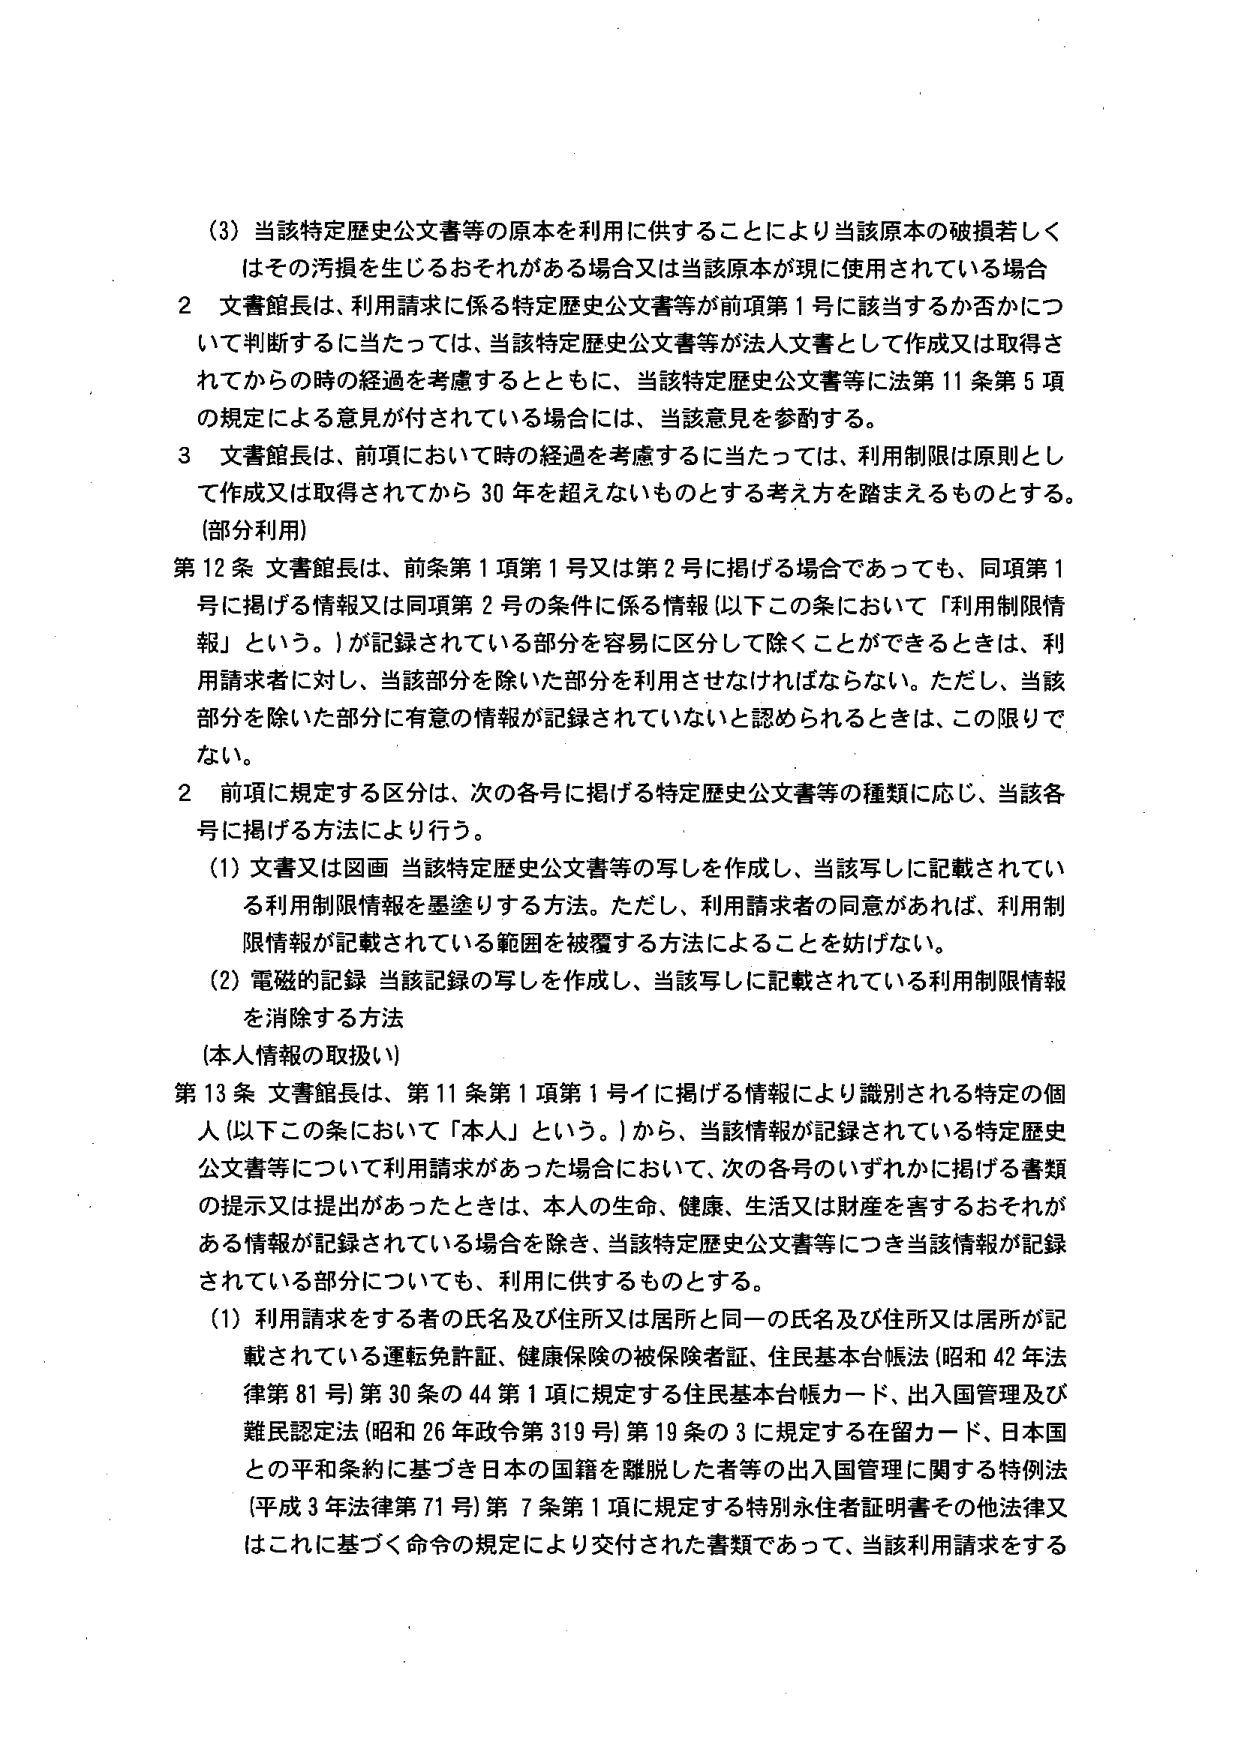
(3) 当該特定歴史公文書等の原本を利用に供することにより当該原本の破損若しくはその汚損を生じるおそれがある場合又は当該原本が現に使用されている場合

2 文書館長は、利用請求に係る特定歴史公文書等が前項第1号に該当するか否かについて判断するに当たっては、当該特定歴史公文書等が法人文書として作成又は取得されてからの時の経過を考慮するとともに、当該特定歴史公文書等に法第11条第5項の規定による意見が付されている場合には、当該意見を参酌する。

3 文書館長は、前項において時の経過を考慮するに当たっては、利用制限は原則として作成又は取得されてから30年を超えないものとする考え方を踏まえるものとする。

(部分利用)

第12条 文書館長は、前条第1項第1号又は第2号に掲げる場合であっても、同項第1号に掲げる情報又は同項第2号の条件に係る情報（以下この条において「利用制限情報」という。）が記録されている部分を容易に区分して除くことができるときは、利用請求者に対し、当該部分を除いた部分を利用させなければならない。ただし、当該部分を除いた部分に有意の情報が記録されていないと認められるときは、この限りでない。

2 前項に規定する区分は、次の各号に掲げる特定歴史公文書等の種類に応じ、当該各号に掲げる方法により行う。

(1) 文書又は図画 当該特定歴史公文書等の写しを作成し、当該写しに記載されている利用制限情報を墨塗りする方法。ただし、利用請求者の同意があれば、利用制限情報が記載されている範囲を被覆する方法によることを妨げない。

(2) 電磁的記録 当該記録の写しを作成し、当該写しに記載されている利用制限情報を消除する方法

(本人情報の取扱い)

第13条 文書館長は、第11条第1項第1号イに掲げる情報により識別される特定の個人（以下この条において「本人」という。）から、当該情報が記録されている特定歴史公文書等について利用請求があった場合において、次の各号のいずれかに掲げる書類の提示又は提出があったときは、本人の生命、健康、生活又は財産を害するおそれがある情報が記録されている場合を除き、当該特定歴史公文書等につき当該情報が記録されている部分についても、利用に供するものとする。

(1) 利用請求をする者の氏名及び住所又は居所と同一の氏名及び住所又は居所が記載されている運転免許証、健康保険の被保険者証、住民基本台帳法（昭和42年法律第81号）第30条の44第1項に規定する住民基本台帳カード、出入国管理及び難民認定法（昭和26年政令第319号）第19条の3に規定する在留カード、日本国との平和条約に基づき日本の国籍を離脱した者等の出入国管理に関する特例法（平成3年法律第71号）第7条第1項に規定する特別永住者証明書その他法律又はこれに基づく命令の規定により交付された書類であって、当該利用請求をする